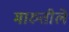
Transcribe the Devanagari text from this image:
मारुतीले